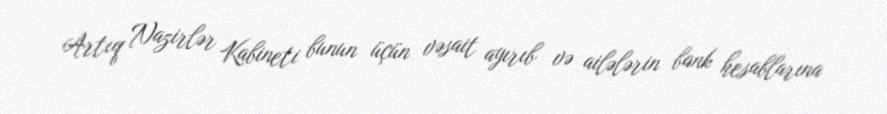
Artıq Nazirlər Kabineti bunun üçün vəsait ayırıb və ailələrin bank hesablarına